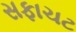
સફાચટ